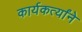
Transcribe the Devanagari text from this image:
कार्यकर्त्यांने